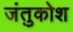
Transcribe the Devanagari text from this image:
जंतुकोश